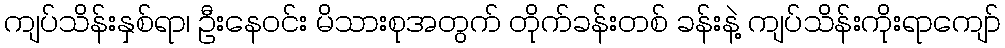
ကျပ်သိန်းနှစ်ရာ၊ ဦးနေဝင်း မိသားစုအတွက် တိုက်ခန်းတစ် ခန်းနဲ့ ကျပ်သိန်းကိုးရာကျော်